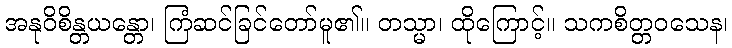
အနုဝိစိန္တယန္တော၊ ကြံဆင်ခြင်တော်မူ၏။ တသ္မာ၊ ထိုကြောင့်။ သကစိတ္တဝသေန၊